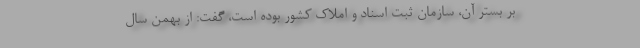
بر بستر آن، سازمان ثبت اسناد و املاک کشور بوده است، گفت: از بهمن سال